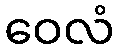
ဝေလံ